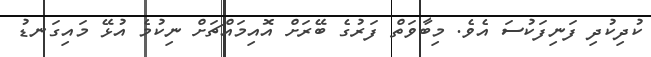
ކުދިކުދި ފަނިފަކުސަ އެވެ. މިބާވަތް ފަރުގެ ބޭރަށް އޮއިމައްޗަށް ނިކުމެ އުޅޭ މައިގަނޑު